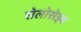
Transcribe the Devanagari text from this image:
सेलोसेइब